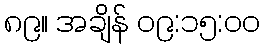
၈၉။ အချိန် ၀၉:၁၅:၀၀